King Institute of Preventive Medicine Bacteriolog. Section reports 1907-08
Year: 1907
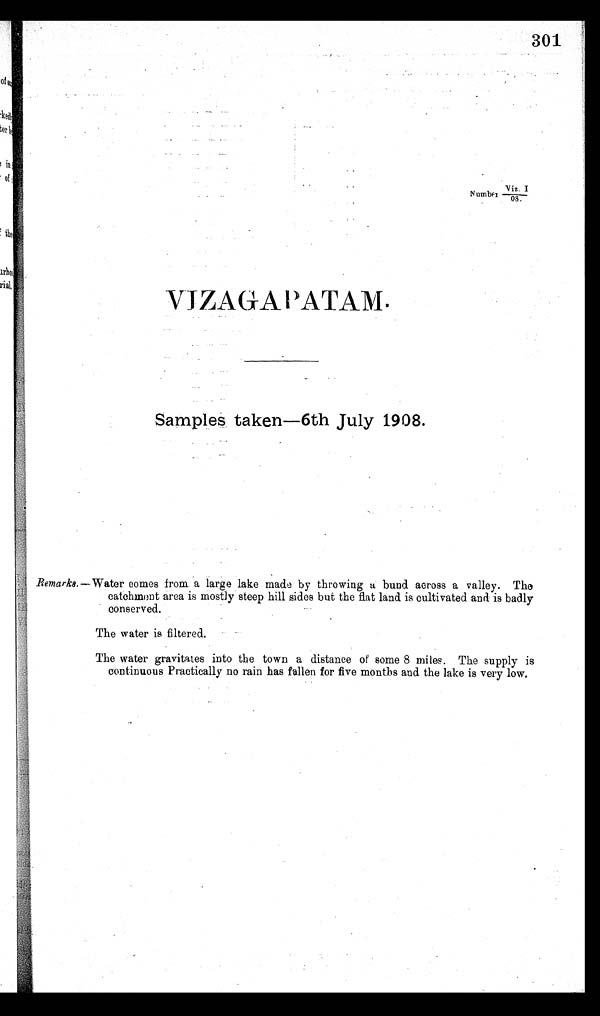
301
Viz. I
Number
08.
VJZAGAPATAM.
Samples. taken-6th July 1908.
Remarks.—W ater comes from a large lake made by throwing a bund across a valley. The
catchment area is mostly steep hill sides but the flat land. is cultivated and is badly
conserved.
The water is filtered.
The water gravitates into the town a distance of some 8 miles. The supply is
continuous Practically no rain has fallen for five months and the lake is very low.